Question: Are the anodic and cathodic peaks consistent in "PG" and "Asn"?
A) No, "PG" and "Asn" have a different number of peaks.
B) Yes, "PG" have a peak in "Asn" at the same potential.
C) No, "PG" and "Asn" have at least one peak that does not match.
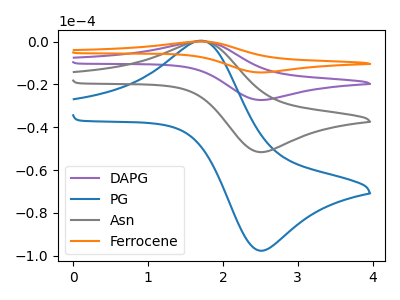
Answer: <think>The purple curve "DAPG" has an anodic peak at (1.70V, 0.45uA) and a cathodic peak at (2.45V, -103.00uA). The blue curve "PG" has an anodic peak at (1.70V, 0.40uA) and a cathodic peak at (2.45V, -97.45uA). The gray curve "Asn" has an anodic peak at (1.70V, 0.20uA) and a cathodic peak at (2.45V, -51.50uA). The orange curve "Ferrocene" has an anodic peak at (1.70V, 0.65uA) and a cathodic peak at (2.45V, -154.50uA).</think>
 <answer>B) Yes, "PG" have a peak in "Asn" at the same potential.</answer>
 <eval>B</eval>